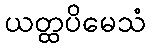
ယတ္ထပိမေသံ